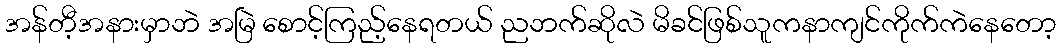
အန်တီ့အနားမှာဘဲ အမြဲ စောင့်ကြည့်နေရတယ် ညဘက်ဆိုလဲ မိခင်ဖြစ်သူကနာကျင်ကိုက်ကဲနေတော့